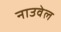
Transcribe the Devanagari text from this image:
नाउवेल